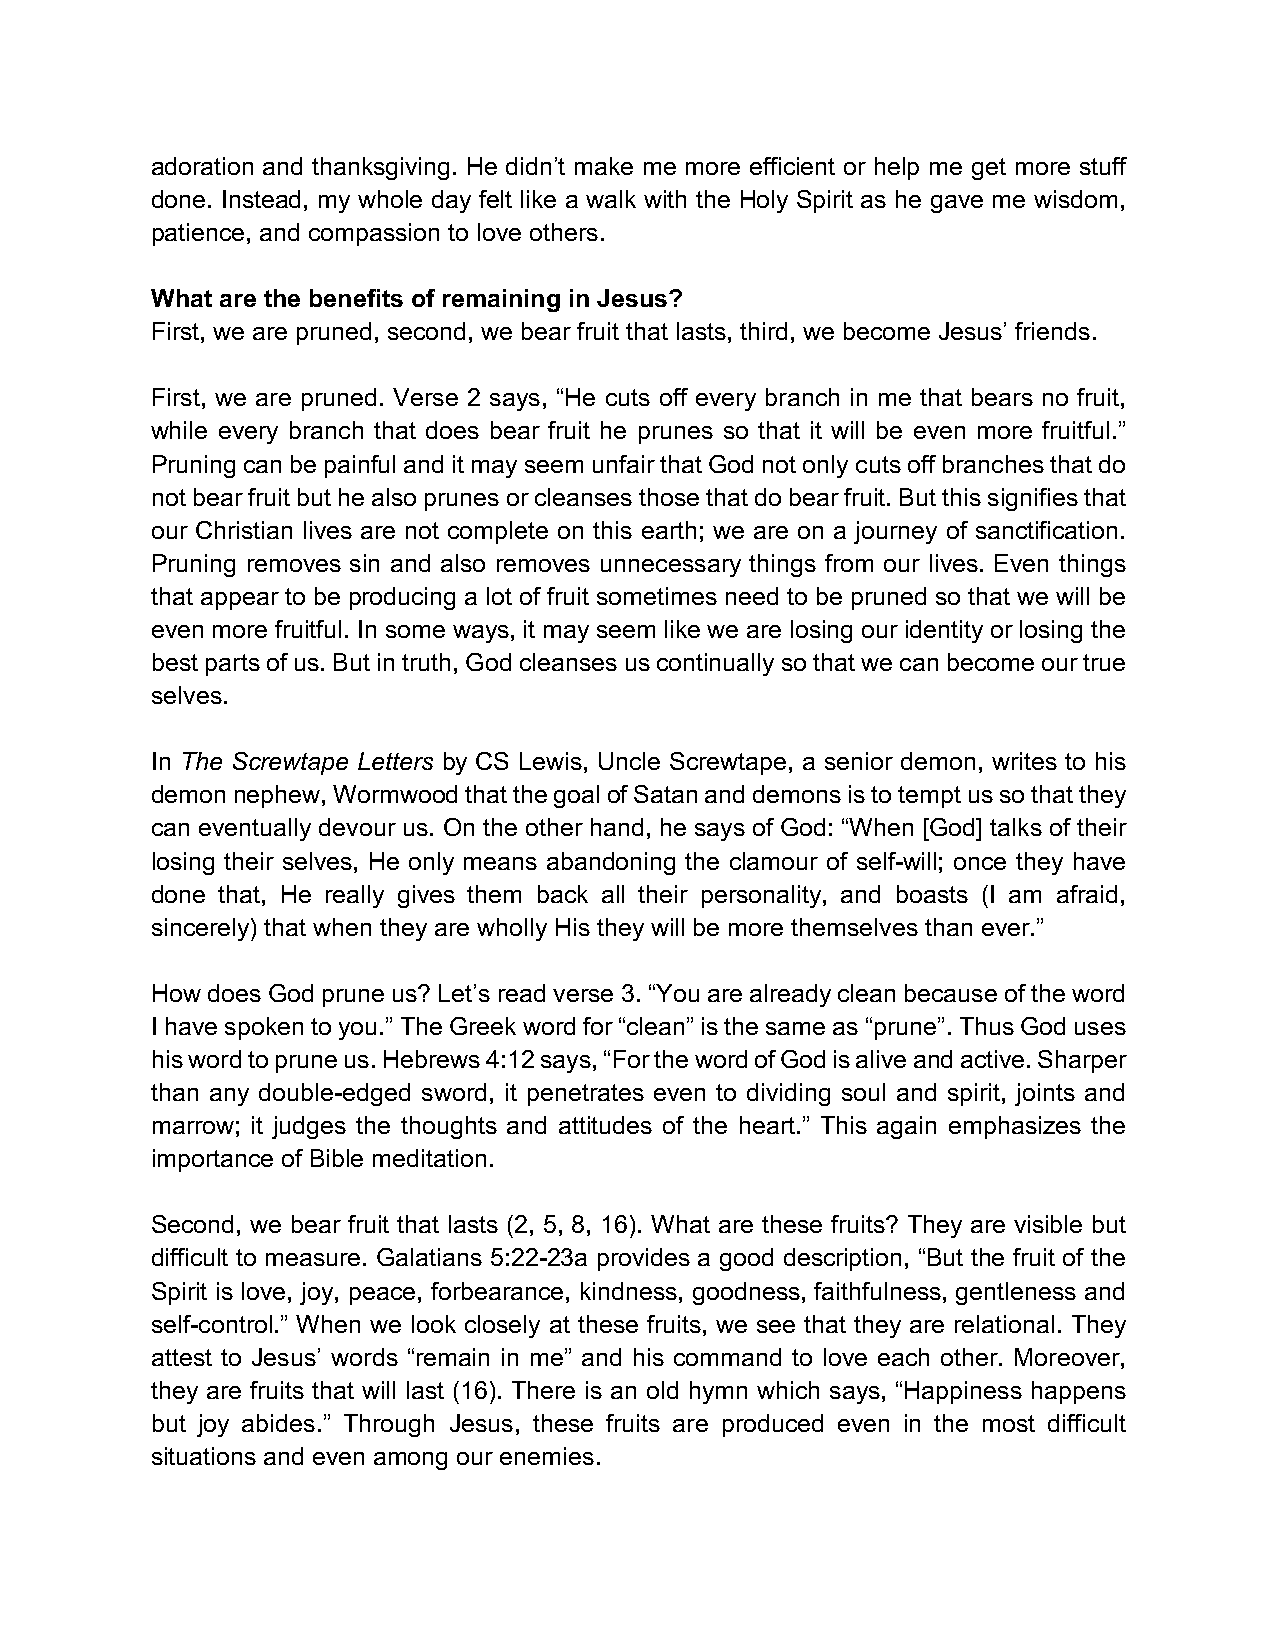
adoration and thanksgiving. He didn’t make me more efficient or help me get more stuff
 done. Instead, my whole day felt like a walk with the Holy Spirit as he gave me wisdom,
 patience, and compassion to love others.
 What are the benefits of remaining in Jesus?
 First, we are pruned, second, we bear fruit that lasts, third, we become Jesus’ friends.
 First, we are pruned. Verse 2 says, “He cuts off every branch in me that bears no fruit,
 while every branch that does bear fruit he prunes so that it will be even more fruitful.”
 Pruning can be painful and it may seem unfair that God not only cuts off branches that do
 not bear fruit but he also prunes or cleanses those that do bear fruit. But this signifies that
 our Christian lives are not complete on this earth; we are on a journey of sanctification.
 Pruning removes sin and also removes unnecessary things from our lives. Even things
 that appear to be producing a lot of fruit sometimes need to be pruned so that we will be
 even more fruitful. In some ways, it may seem like we are losing our identity or losing the
 best parts of us. But in truth, God cleanses us continually so that we can become our true
 selves.
 In The Screwtape Letters by CS Lewis, Uncle Screwtape, a senior demon, writes to his
 demon nephew, Wormwood that the goal of Satan and demons is to tempt us so that they
 can eventually devour us. On the other hand, he says of God: “When [God] talks of their
 losing their selves, He only means abandoning the clamour of self-will; once they have
 done that, He really gives them back all their personality, and boasts (I am afraid,
 sincerely) that when they are wholly His they will be more themselves than ever.”
 How does God prune us? Let’s read verse 3. “You are already clean because of the word
 I have spoken to you.” The Greek word for “clean” is the same as “prune”. Thus God uses
 his word to prune us. Hebrews 4:12 says, “For the word of God is alive and active. Sharper
 than any double-edged sword, it penetrates even to dividing soul and spirit, joints and
 marrow; it judges the thoughts and attitudes of the heart.” This again emphasizes the
 importance of Bible meditation.
 Second, we bear fruit that lasts (2, 5, 8, 16). What are these fruits? They are visible but
 difficult to measure. Galatians 5:22-23a provides a good description, “But the fruit of the
 Spirit is love, joy, peace, forbearance, kindness, goodness, faithfulness, gentleness and
 self-control.” When we look closely at these fruits, we see that they are relational. They
 attest to Jesus’ words “remain in me” and his command to love each other. Moreover,
 they are fruits that will last (16). There is an old hymn which says, “Happiness happens
 but joy abides.” Through Jesus, these fruits are produced even in the most difficult
 situations and even among our enemies.